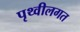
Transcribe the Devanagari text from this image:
पृथ्वीलगत